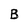
Character: B